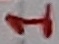
Text: 1